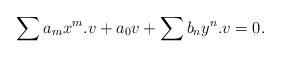
LaTeX: \begin{align*}\sum a_m x^m.v +a_0v+\sum b_n y^n.v=0.\end{align*}